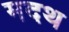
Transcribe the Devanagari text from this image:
मदथ